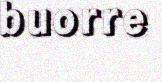
buorre